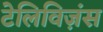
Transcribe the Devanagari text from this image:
टेलिविज़ंस